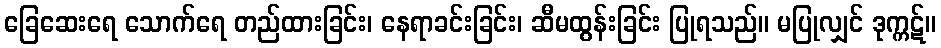
ခြေဆေးရေ သောက်ရေ တည်ထားခြင်း၊ နေရာခင်းခြင်း၊ ဆီမထွန်းခြင်း ပြုရသည်။ မပြုလျှင် ဒုက္ကဋ်။